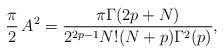
LaTeX: \begin{align*}{\pi\over 2}\, A^2 = {\pi \Gamma(2p+N)\over 2^{2p-1} N! (N+p) \Gamma^2(p)},\end{align*}